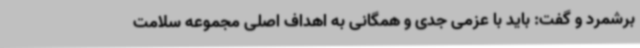
برشمرد و گفت: باید با عزمی جدی و همگانی به اهداف اصلی مجموعه سلامت